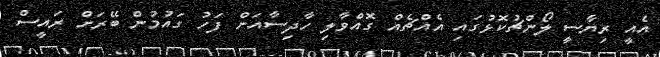
އެއީ ރިޔާސީ ލޯންޗުކޮޅުގައި އެއްޗެއް ގޮއްވާލި ހާދިސާއަށް ފަހު ގައުމުން ބޭރަށް ރައީސް